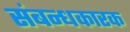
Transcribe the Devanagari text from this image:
संबन्धकारक